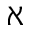
\aleph